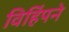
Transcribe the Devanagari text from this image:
विहिंपने